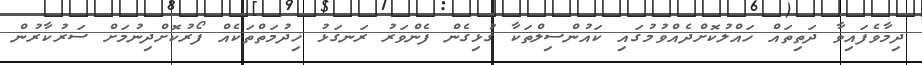
ދިމާވެފައިވާ ދަތިތައް ހައްލުކޮށްދެއްވުމުގައި ކައުންސިލްތަކާ ގުޅިގެން ފެންވަރު ރަނގަޅު ޚިދުމަތްތަކެއް ފޯރުކޮށްދިނުމަށް ސަރުކާރުން